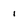
Character: 1